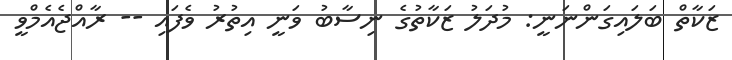
ޒަކާތް ބަލައިގަންނަނީ: މުދަލު ޒަކާތުގެ ނިސާބު ވަނީ އިތުރު ވެފައި -- ރާއްޖެއެމްވީ